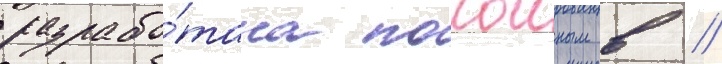
разрабо́тана покоиным в //